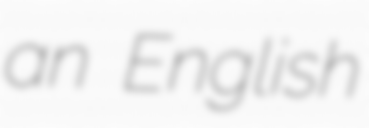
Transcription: an English